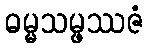
ဓမ္မသမ္ဖဿဇံ